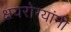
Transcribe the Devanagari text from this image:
क्षयरोग्यांनी